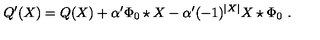
Q ^ { \prime } ( X ) = Q ( X ) + \alpha ^ { \prime } \Phi _ { 0 } \star X - \alpha ^ { \prime } ( - 1 ) ^ { | X | } X \star \Phi _ { 0 } \ .